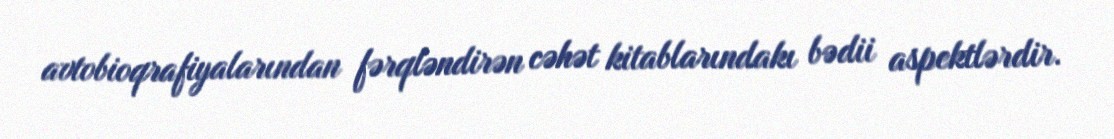
avtobioqrafiyalarından fərqləndirən cəhət kitablarındakı bədii aspektlərdir.